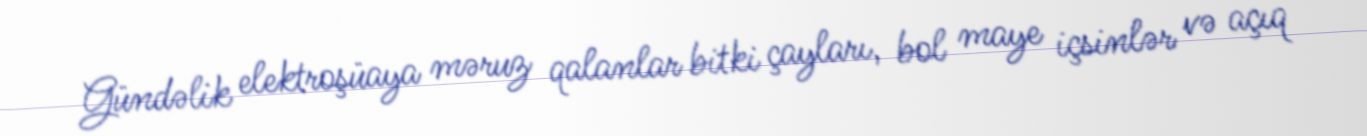
Gündəlik elektroşüaya məruz qalanlar bitki çayları, bol maye içsinlər və açıq